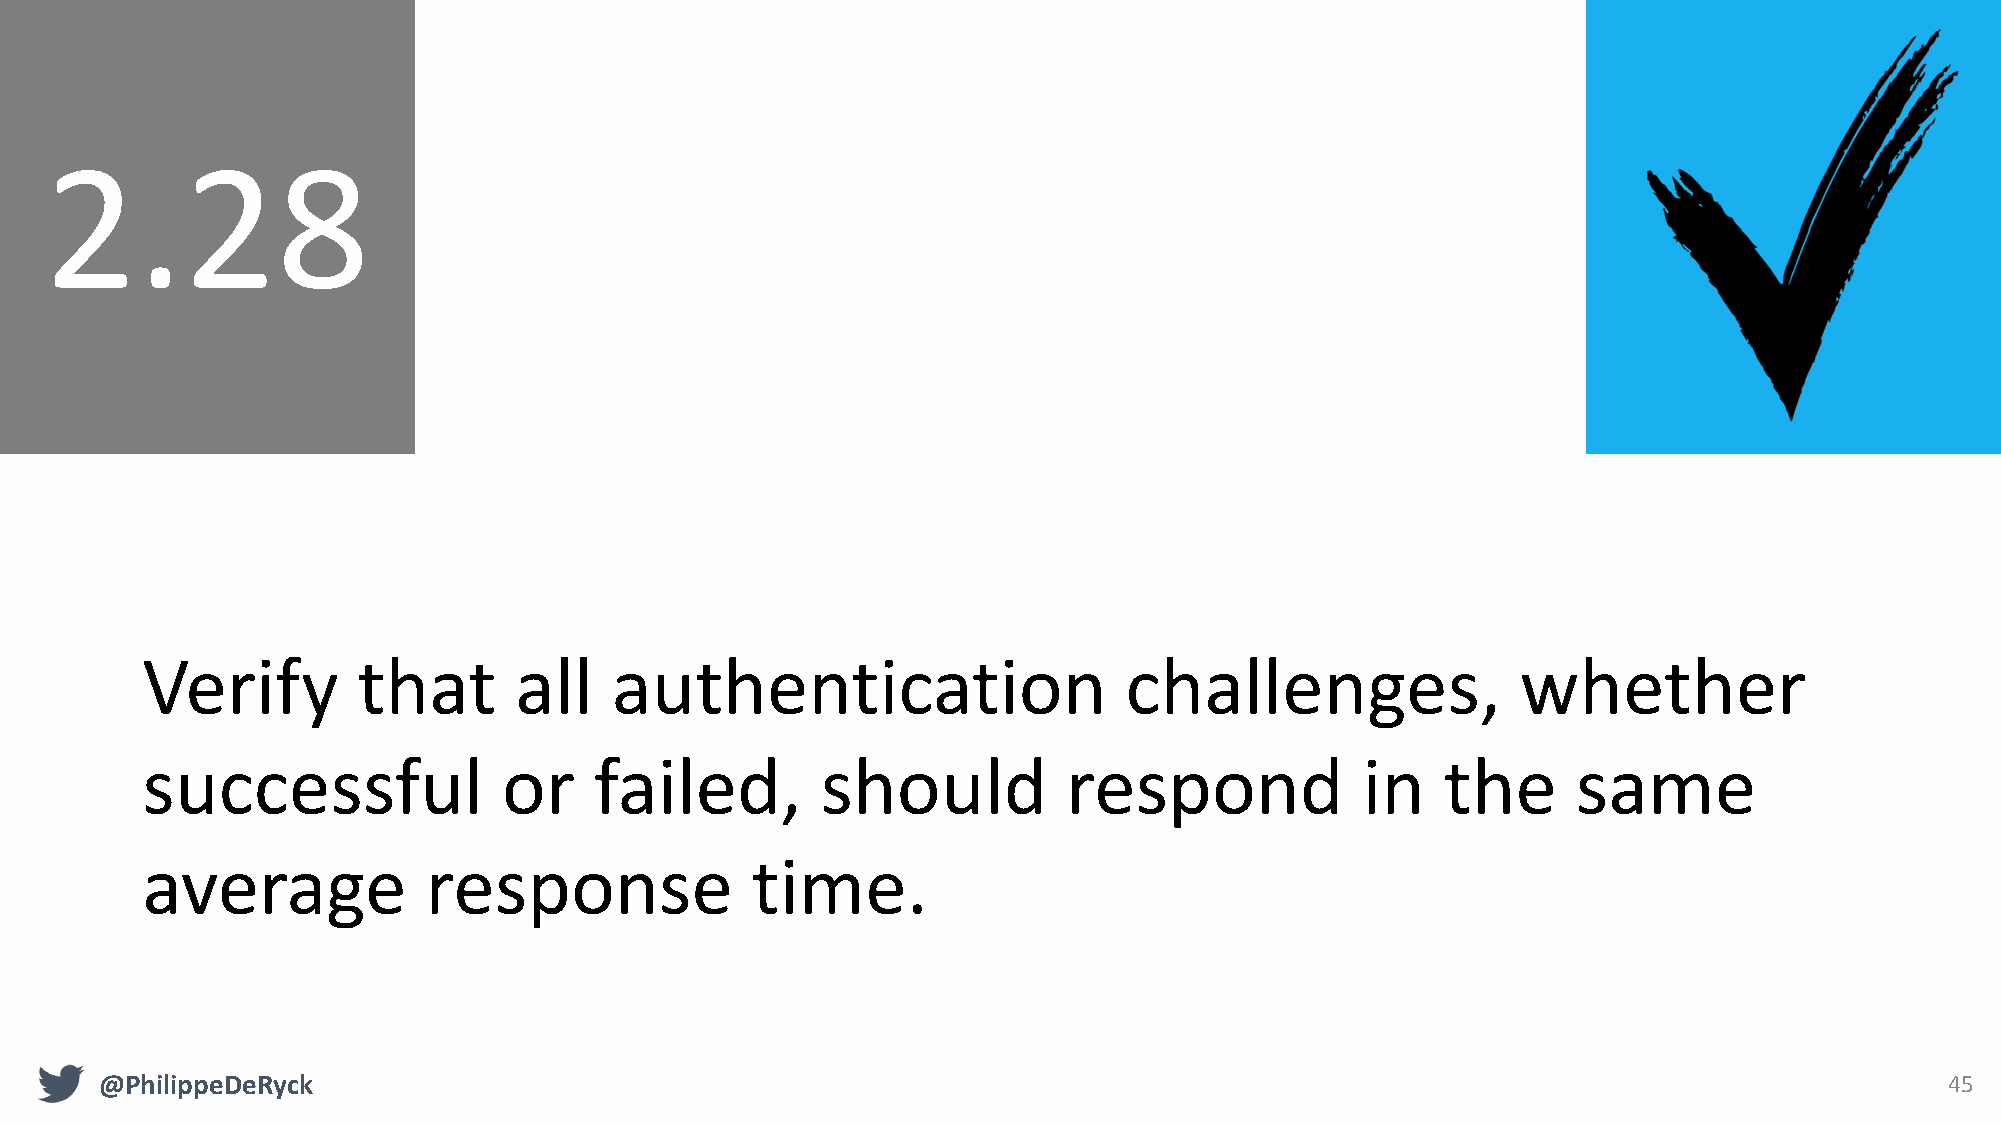
2.28
 Verify         that      all   authentication                    challenges,                whether
 successful              or    failed,        should           respond            in    the     same
 average            response              time.
 @PhilippeDeRyck                                                                                                           45